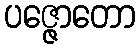
ပဇ္ဇောတော